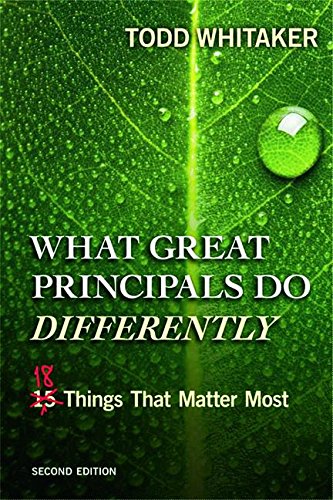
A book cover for What Great Principals Do Differently: Eighteen Things That Matter Most; Todd Whitaker; Education & Teaching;